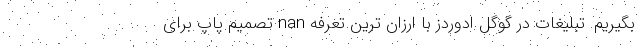
بگیریم. تبلیغات در گوگل ادوردز با ارزان ترین تعرفه nan تصمیم پاپ برای